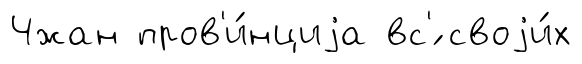
Чжан пров'и́нциjа вс'́ своjи́х